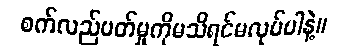
စက်လည်ပတ်မှုကိုမသိရင်မလုပ်ပါနဲ့။